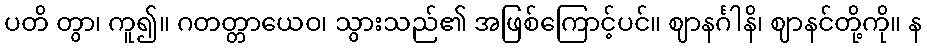
ပတိ တွာ၊ ကူ၍။ ဂတတ္တာယေဝ၊ သွားသည်၏ အဖြစ်ကြောင့်ပင်။ ဈာနင်္ဂါနိ၊ ဈာနင်တို့ကို။ န